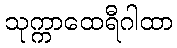
သုက္ကာထေရီဂါထာ